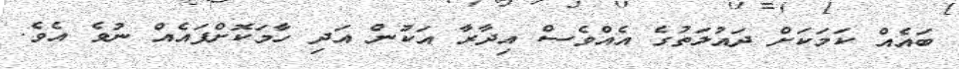
ބައެއް ކަމަކަށް ދައުލަތުގެ އެއްވެސް އިދާރާ އަކުން އަދި ހާމަކޮށްފައެއް ނުވެ އެވެ.